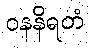
ဝနနိရတံ